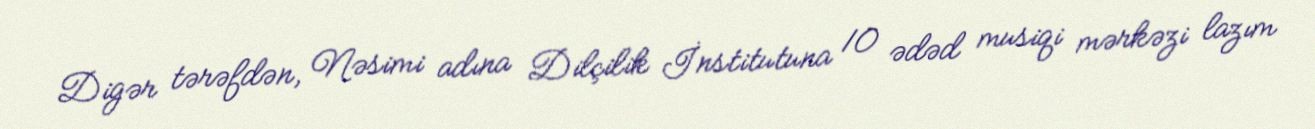
Digər tərəfdən, Nəsimi adına Dilçilik İnstitutuna 10 ədəd musiqi mərkəzi lazım